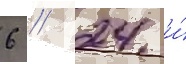
6 / 24 и́